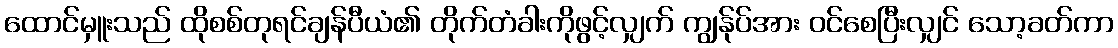
ထောင်မှူးသည် ထိုစစ်တုရင်ချန်ပီယံ၏ တိုက်တံခါးကိုဖွင့်လျှက် ကျွန်ုပ်အား ဝင်စေပြီးလျှင် သော့ခတ်ကာ